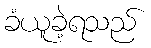
ခံယူခဲ့ရသည်